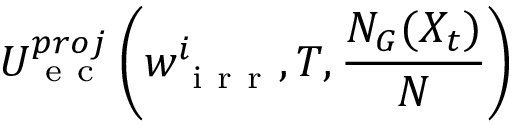
U _ { \mathrm { ~ e ~ c ~ } } ^ { p r o j } \left( w _ { \mathrm { ~ i ~ r ~ r ~ } } ^ { i } , T , \frac { N _ { G } ( X _ { t } ) } { N } \right)